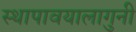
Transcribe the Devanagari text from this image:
स्थापावयालागुनी